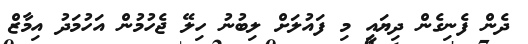
ދެން ފެނިގެން ދިޔައީ މި ފައުލަށް ލިބުނު ހިލޭ ޖެހުމުން އަހުމަދު އިމާޒް